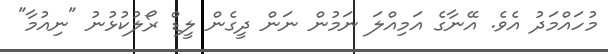
މުހައްމަދު އެވެ. އޭނާގެ އަމިއްލަ ނަމުން ނަން ދީގެން ލީޑް ރޯލުކުޅުނު "ނިއުމާ"